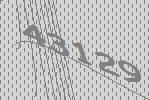
43129